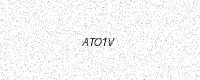
Text: ATO1V